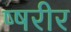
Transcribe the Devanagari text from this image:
ष्षरीर